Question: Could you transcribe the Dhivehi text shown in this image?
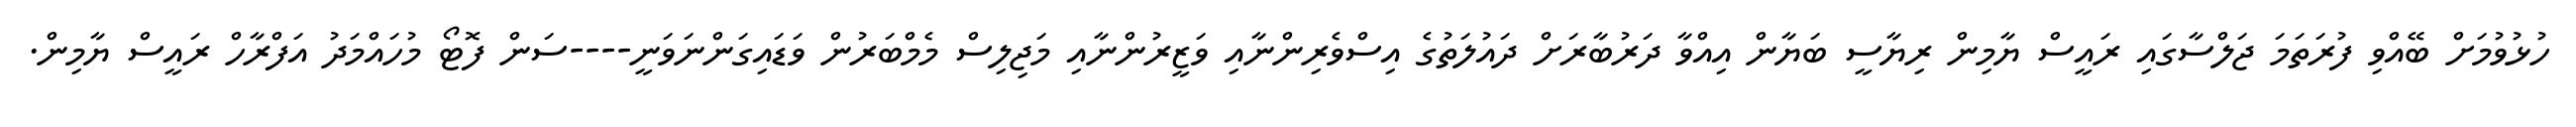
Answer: ހުޅުވުމަށް ބޭއްވި ފުރަތަމަ ޖަލްސާގައި ރައީސް ޔާމިން ރިޔާސީ ބަޔާން އިއްވާ ދަރުބާރަށް ދައުލަތުގެ އިސްވެރިންނާއި ވަޒީރުންނާއި މަޖިލިސް މެމްބަރުން ވަޑައިގަންނަވަނީ----ސަން ފޮޓޯ މުހައްމަދު އަފްރާހް ރައީސް ޔާމިން.